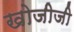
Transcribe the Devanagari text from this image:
खोजीजी